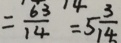
= \frac { 6 3 } { 1 4 } = 5 \frac { 3 } { 1 4 }